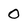
Character: 0